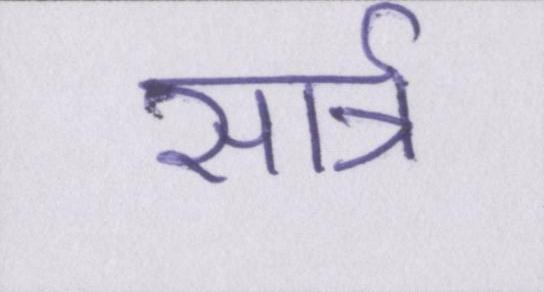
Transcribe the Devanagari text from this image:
सार्त्र